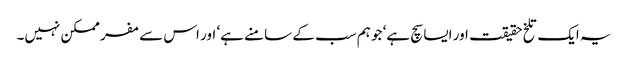
یہ ایک تلخ حقیقت اور ایسا سچ ہے‘ جو ہم سب کے سامنے ہے‘ اور اس سے مفر ممکن نہیں۔